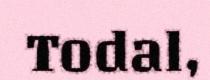
Todal,